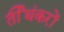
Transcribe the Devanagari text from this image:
र्तीथंकरों